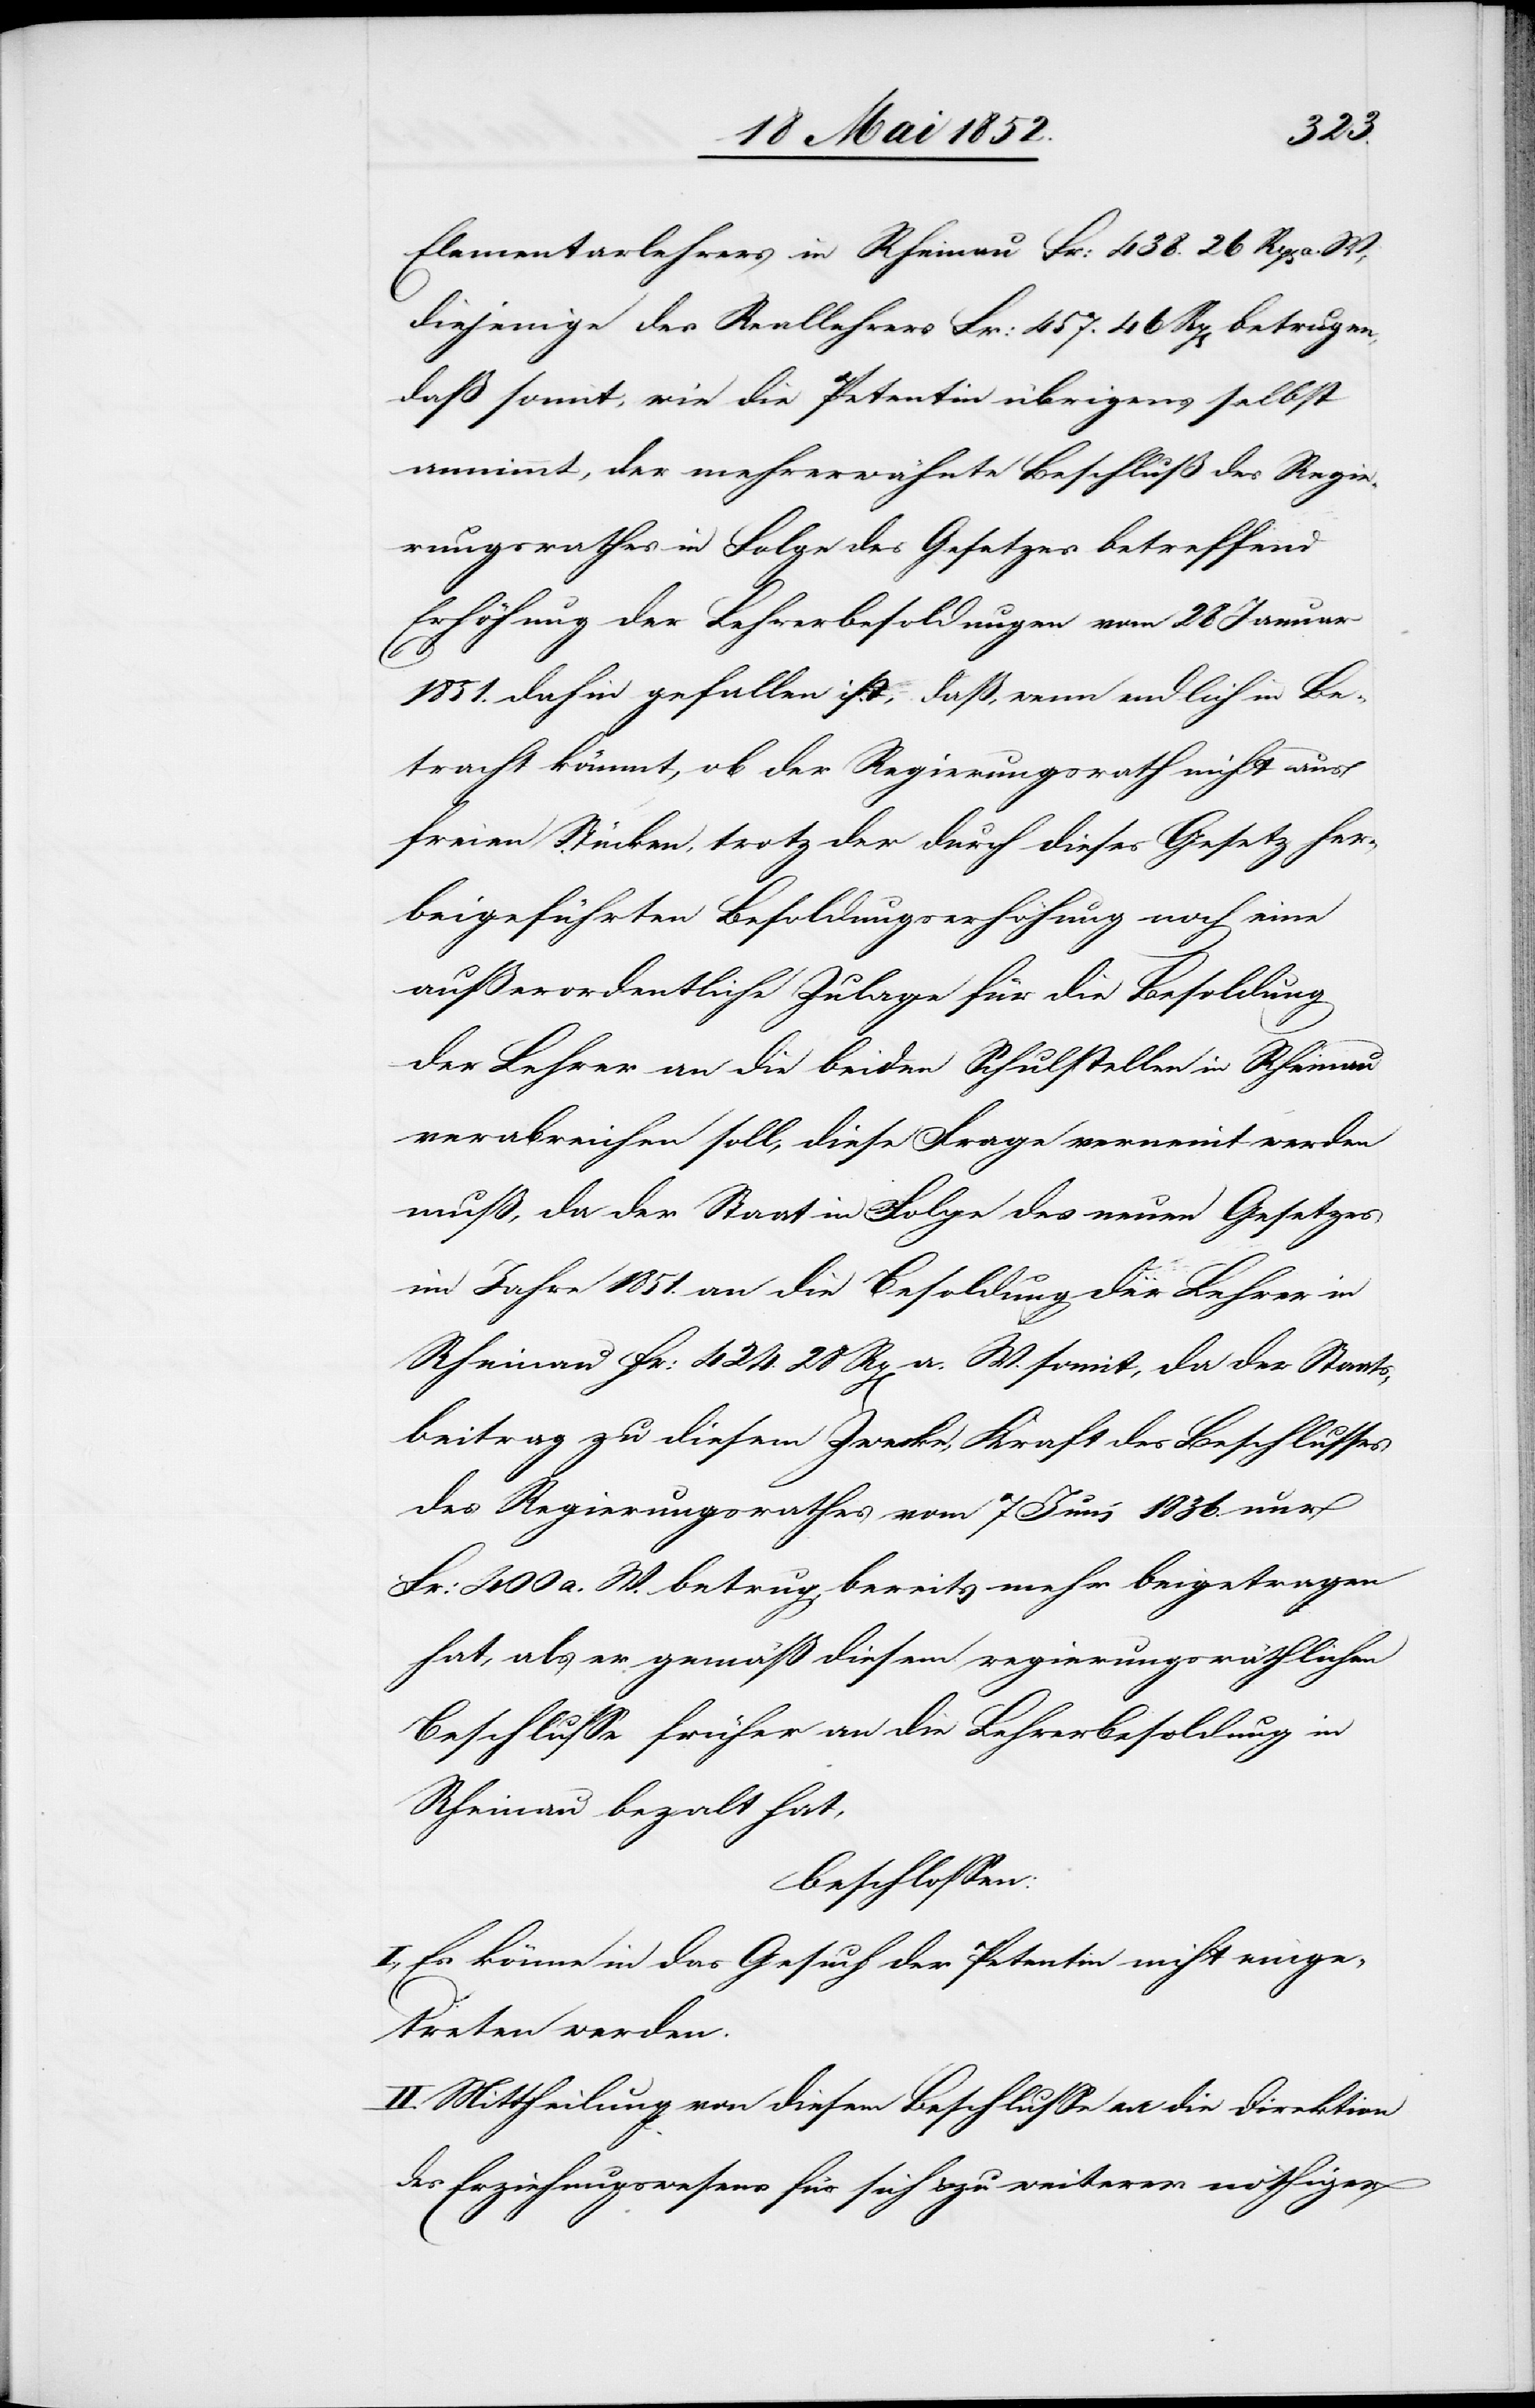
Elementarlehrers in Rheinau Fr: 438. 26 Rp[en]
diejenige des Reallehrers Fr: 457. 46 Rp[en] betrugen,
daß somit, wie die Petentin übrigens selbst
annimmt, der mehrerwähnte Beschluß des Regie¬
rungsrathes in Folge des Gesetzes betreffend
Erhöhung der Lehrerbesoldungen vom 28 Januar
1851. dahin gefallen ist, daß, wenn endlich in Be¬
tracht kömmt, ob der Regierungsrath nicht aus
freien Stücken, trotz der durch dieses Gesetz her¬
beigeführten Besoldungserhöhung noch eine
ausserordentliche Zulage für die Besoldung
der Lehrer an die beiden Schulstellen in Rheinau
verabreichen soll, diese Frage verneint werden
muß, da der Staat in Folge des neuen Gesetzes
im Jahre 1851. an die Besoldung der Lehrer in
Rheinau Fr: 424. 28 Rp[en] a. W. somit, da der Staats¬
beitrag zu diesem Zwecke, Kraft des Beschlusses
des Regierungsrathes vom 7 Juni 1836. nur
Fr: 400 a. W. betrug, bereits mehr beigetragen
hat, als er gemäß diesem regierungsräthlichen
Beschlusse früher an die Lehrerbesoldung in
Rheinau beza[h]lt hat,
beschlossen:
I., Es könne in das Gesuch der Petentin nicht einge¬
treten werden.
II. Mittheilung von diesem Beschlusse an die Direktion
des Erziehungswesens für sich & zu weiterer nöthiger